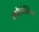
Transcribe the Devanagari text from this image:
कोचेरिल